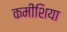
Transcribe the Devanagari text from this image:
कमीशिया